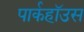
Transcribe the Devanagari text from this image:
पार्कहॉउस